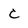
Character: C